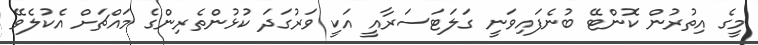
މީގެ އިތުރުން ކޮންޓޭ ބުނެފައިވަނީ ގަލަޓަސަރާއީ އަކީ ވަރުގަދަ ކުޅުންތެރިންގެ މައްޗަށް އެކުލެވޭ